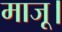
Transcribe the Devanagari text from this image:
माजू।